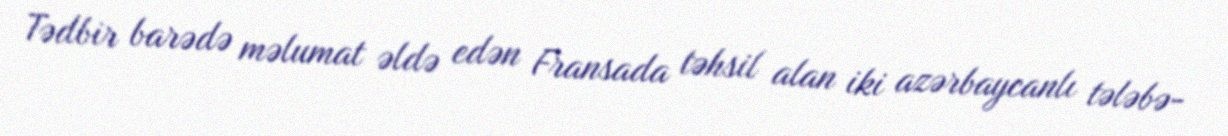
Tədbir barədə məlumat əldə edən Fransada təhsil alan iki azərbaycanlı tələbə-